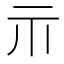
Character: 𱍐